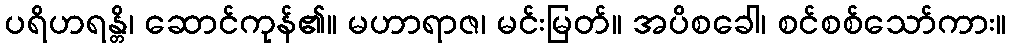
ပရိဟရန္တိ၊ ဆောင်ကုန်၏။ မဟာရာဇ၊ မင်းမြတ်။ အပိစခေါ၊ စင်စစ်သော်ကား။